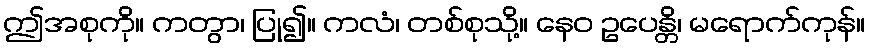
ဤအစုကို။ ကတွာ၊ ပြု၍။ ကလံ၊ တစ်စုသို့။ နေဝ ဥပေန္တိ၊ မရောက်ကုန်။